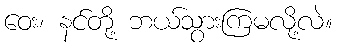
ဝေး၊ နင်တို့ ဘယ်သွားကြမလို့လဲ။